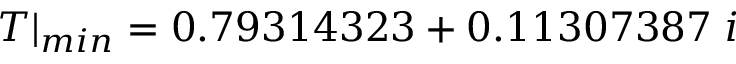
T | _ { m i n } = 0 . 7 9 3 1 4 3 2 3 + 0 . 1 1 3 0 7 3 8 7 \; i